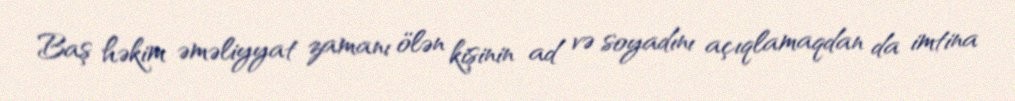
Baş həkim əməliyyat zamanı ölən kişinin ad və soyadını açıqlamaqdan da imtina